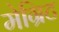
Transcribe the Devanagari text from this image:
मेग्रिट